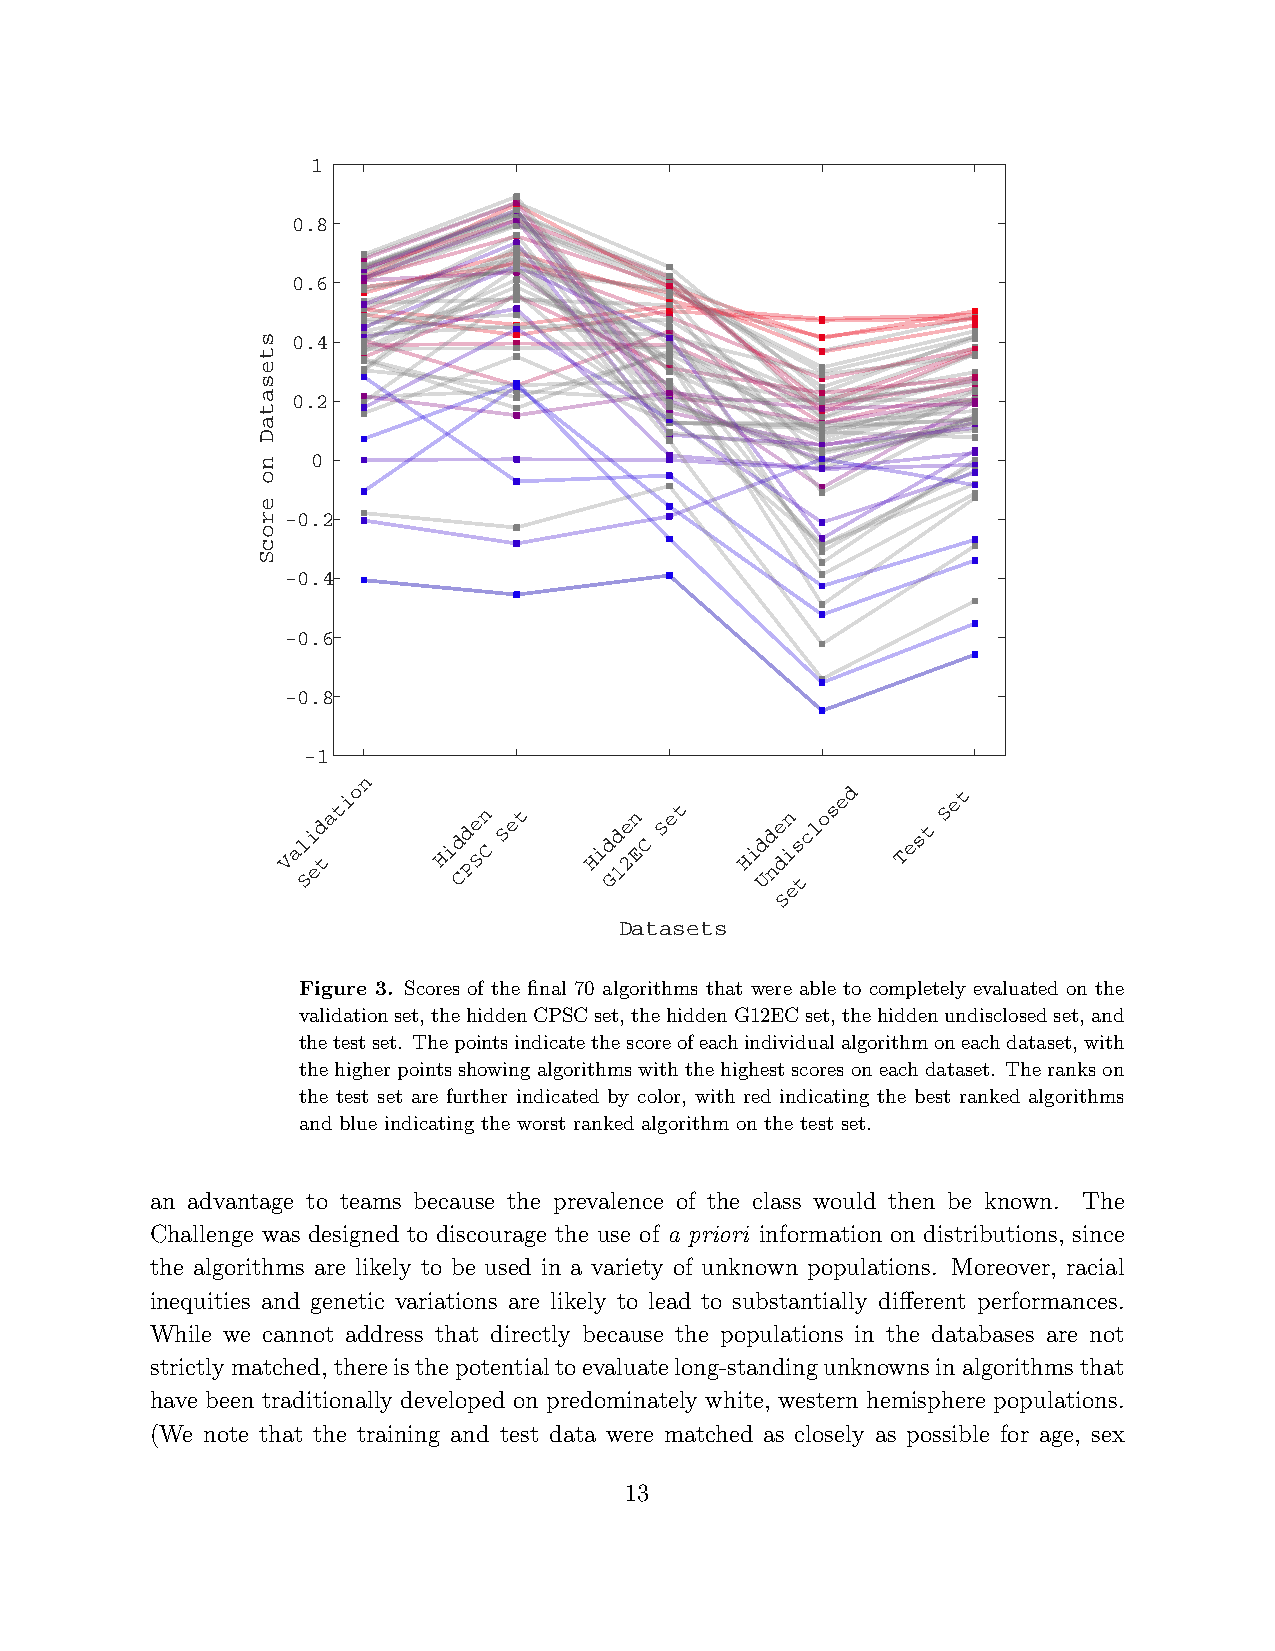
1
 0.8
 0.6
 s 0.4
 t
 e
 s
 a 0.2
 t
 a
 D
 n   0
 o
 e
 r -0.2
 o
 c
 S
 -0.4
 -0.6
 -0.8
 Val
 S-
 i
 e1
 d ta t
 i o
 n
 Hid Cd Pe Sn C Set Hid Gd 1e 2n E C Set Hid Ud ne dn i s
 t
 c l o s
 ed
 Test
 Set
 e
 S
 Datasets
 Figure 3. Scores of the final 70 algorithms that were able to completely evaluated on the
 validationset,thehiddenCPSCset,thehiddenG12ECset,thehiddenundisclosedset,and
 thetestset. Thepointsindicatethescoreofeachindividualalgorithmoneachdataset,with
 thehigherpointsshowingalgorithmswiththehighestscoresoneachdataset. Therankson
 the test set are further indicated by color, with red indicating the best ranked algorithms
 and blue indicating the worst ranked algorithm on the test set.
 an advantage to teams because the prevalence of the class would then be known. The
 Challenge was designed to discourage the use of a priori information on distributions, since
 the algorithms are likely to be used in a variety of unknown populations. Moreover, racial
 inequities and genetic variations are likely to lead to substantially different performances.
 While we cannot address that directly because the populations in the databases are not
 strictlymatched,thereisthepotentialtoevaluatelong-standingunknownsinalgorithmsthat
 have been traditionally developed on predominately white, western hemisphere populations.
 (We note that the training and test data were matched as closely as possible for age, sex
 13